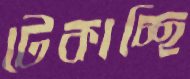
টেকাচ্ছি